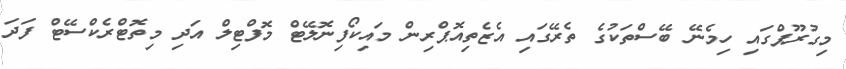
މިގުރޫޕްގައި ހިމެނޭ ބޭސްތަކުގެ ތެރޭގައި އެޒެތިއޮޕްރިން މައިކޯފިނޮލޭޓް މޮފްޓިލް އަދި މިތޮޓްރެކްސޭޓް ފަދަ